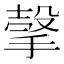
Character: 𰔕